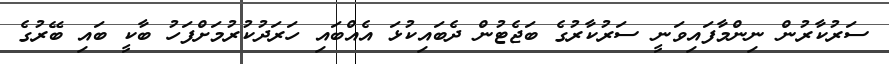
ސަރުކާރުން ނިންމާފައިވަނީ ސަރުކާރުގެ ބަޖެޓުން ދެބައިކުޅަ އެއްބައި ހަރަދުކުރުމަށްފަހު ބާކީ ބައި ބޭރުގެ